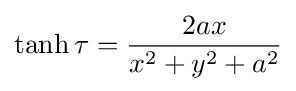
\tanh \tau ={\frac {2ax}{x^{2}+y^{2}+a^{2}}}